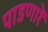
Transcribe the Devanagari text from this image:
पाडणारें